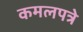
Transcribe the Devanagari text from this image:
कमलपत्रे